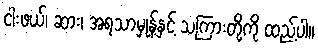
ငါးဖယ်၊ ဆား၊ အရသာမှုန့်နှင့် သကြားတို့ကို ထည့်ပါ။